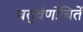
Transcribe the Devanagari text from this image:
चतुर्वर्णोचितें